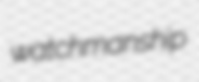
watchmanship